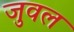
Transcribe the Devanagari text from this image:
जुवल